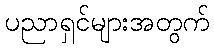
ပညာရှင်များအတွက်